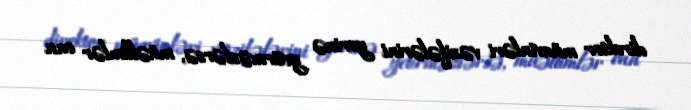
direktor müavinləri vəzifələrini yerinə yetirməzlərsə, müəllimlər can